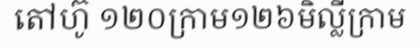
តៅហ៊ូ ១២០ក្រាម១២៦មិល្លីក្រាម